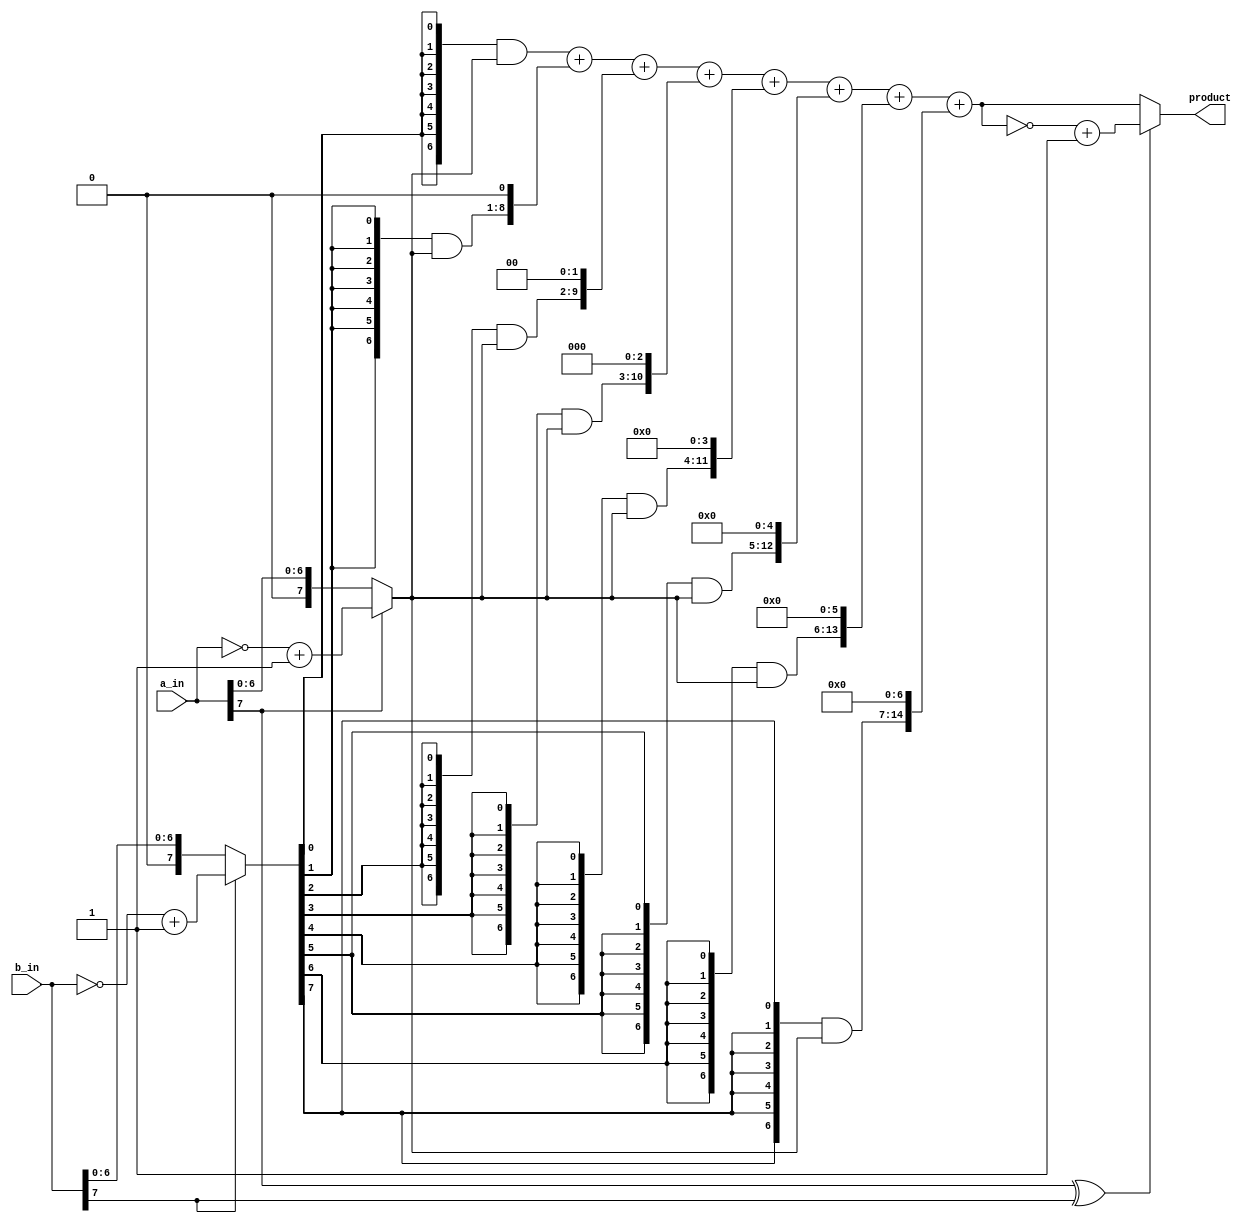
`timescale 1ns/1ps
module mult(a_in, b_in, product);
	input [7:0] a_in;
	input [7:0] b_in;
	output [15:0] product;
	wire [15:0] partial_sum1;
	wire [15:0] partial_sum2;
	wire [15:0] partial_sum3;
	wire [15:0] partial_sum4;
	wire [15:0] partial_sum5;
	wire [15:0] partial_sum6;
	wire [15:0] partial_sum7;
	wire [15:0] partial_sum8;

	wire [15:0] unsigned_product;
	wire [15:0] total_sum;
	wire a_sign;
	wire b_sign;
	wire [7:0] a;
	wire [7:0] b;
	wire sign;

	assign a_sign = a_in[7];
	assign b_sign = b_in[7];	

	assign a = (a_in[7] == 1'b1) ? (~a_in) + 1'b1 : a_in;
	assign b = (b_in[7] == 1'b1) ? (~b_in) + 1'b1 : b_in;

	assign partial_sum1 = {{9{1'b0}}, {7{b[0]}} & a}; 
	assign partial_sum2 = {{8{1'b0}}, {7{b[1]}} & a, 1'd0}; 
	assign partial_sum3 = {{7{1'b0}}, {7{b[2]}} & a, 2'd0}; 
	assign partial_sum4 = {{6{1'b0}}, {7{b[3]}} & a, 3'd0}; 
	assign partial_sum5 = {{5{1'b0}}, {7{b[4]}} & a, 4'd0}; 
	assign partial_sum6 = {{4{1'b0}}, {7{b[5]}} & a, 5'd0}; 
	assign partial_sum7 = {{3{1'b0}}, {7{b[6]}} & a, 6'd0}; 
	assign partial_sum8 = {{2{1'b0}}, {7{b[7]}} & a, 7'd0};

	assign unsigned_product = partial_sum1 
		+ partial_sum2 
		+ partial_sum3 
		+ partial_sum4 
		+ partial_sum5 
		+ partial_sum6 
		+ partial_sum7 
		+ partial_sum8;
 
	assign sign = a_sign ^ b_sign;
	assign product = (sign == 1'b1) ? (~unsigned_product) + 1'b1 : unsigned_product;
endmodule